Lunatic asylums Central Provinces reports 1886-1894 - 1886-1894
Year: 1886
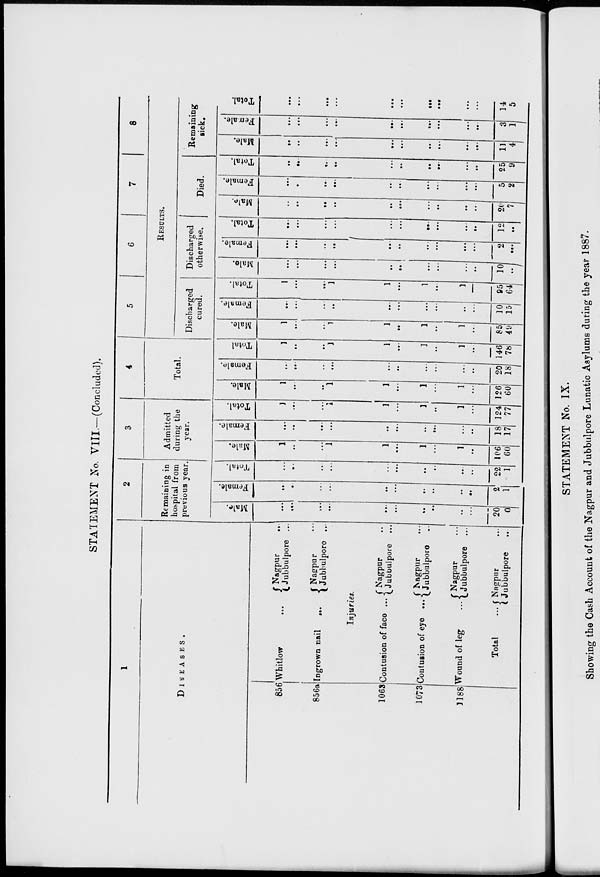
STATEMENT No. VIII.—(Concluded).
1
DISEASES.
856
856a
1063
1073
1188
Whitlow ...
Ingrown nail
...
Nagpur ...
Jubbulpore ...
Nagpur ...
Jubbulpore ...
Injuries.
Contusion of face ...
Contusion of eye ...
Wound of leg ...
Total
...
Nagpur ...
Jubbulpore ...
Nagpur ...
Jubbulpore ...
Nagpur ...
Jubbulpore ...
Nagpur ...
Jubbulpore ...
2
Remaining in
hospital from
previous year.
Male.
...
...
...
...
...
...
...
...
...
...
20
0
Female.
...
...
...
...
...
...
...
...
...
...
2
1
Total.
...
...
...
...
...
...
...
...
...
...
22
1
3
Admitted
during the
year.
Male.
1
...
...
1
1
...
1
...
1
...
106
60
Female.
...
...
...
...
...
...
...
...
...
...
18
17
Total.
1
...
...
1
1
...
1
...
1
...
124
77
4
Total.
Male.
1
...
...
1
1
...
1
...
1
...
126
60
Female.
...
...
...
...
...
...
...
...
...
...
20
18
Total
1
...
...
1
1
...
1
...
1
...
146
78
5
6
7
8
RESULTS.
Discharged
cured.
Male.
1
...
...
1
1
...
1
...
1
...
85
49
Female.
...
...
...
...
...
...
...
...
...
...
10
15
Total.
1
...
...
1
1
...
1
...
1
...
95
64
Discharged
otherwise.
Male.
...
...
...
...
...
...
...
...
...
...
10
...
Female.
...
...
...
...
...
...
...
...
...
...
2
...
Total.
...
...
...
...
...
...
...
...
...
...
12
...
Died.
Male.
...
...
...
...
...
...
...
...
...
...
20
7
Female.
...
...
...
...
...
...
...
...
...
...
5
2
Total.
...
...
...
...
...
...
...
...
...
...
25
9
Remaining
sick.
Male.
...
...
...
...
...
...
...
...
...
...
11
4
Female.
...
...
...
...
...
...
...
...
...
...
3
1
Total.
...
...
...
...
...
...
...
...
...
...
14
5